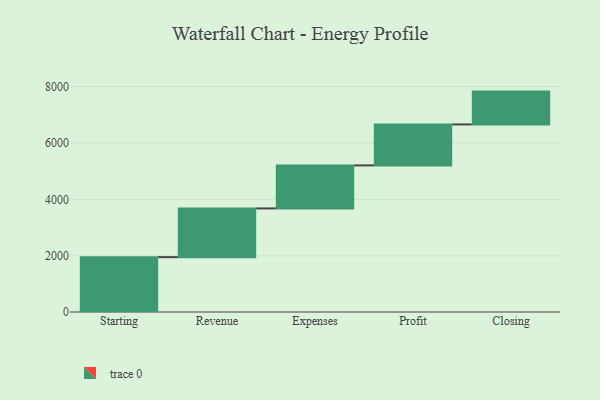
{"axis": {"x": "Step", "y": "Value"}, "legend": [""], "data": [{"x": "Starting", "y": 1949.0, "type": ""}, {"x": "Revenue", "y": 1731.0, "type": ""}, {"x": "Expenses", "y": 1528.0, "type": ""}, {"x": "Profit", "y": 1456.0, "type": ""}, {"x": "Closing", "y": 1166.0, "type": ""}]}